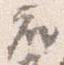
座